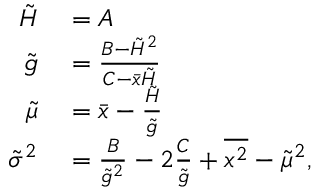
\begin{array} { r l } { \tilde { H } } & { { } = A } \\ { \tilde { g } } & { { } = \frac { B - \tilde { H } ^ { 2 } } { C - \bar { x } \tilde { H } } } \\ { \tilde { \mu } } & { { } = \bar { x } - \frac { \tilde { H } } { \tilde { g } } } \\ { \tilde { \sigma } ^ { 2 } } & { { } = \frac { B } { \tilde { g } ^ { 2 } } - 2 \frac { C } { \tilde { g } } + \overline { { x ^ { 2 } } } - \tilde { \mu } ^ { 2 } , } \end{array}